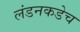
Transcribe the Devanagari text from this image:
लंडनकडेच